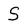
Character: S